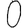
Digit: 0